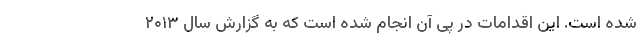
شده است. این اقدامات در پی آن انجام شده است که به گزارش سال ۲۰۱۳